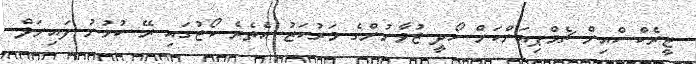
ޓީރެކްސްއިން ޗެމްޕިއަންކަން ހޯދީ ޒުވާނުންގެ މަރުކަޒު އެތެރެ ކޯޓުގައި ރޭ ކުޅުނު ފައިނަލް